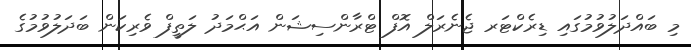
މި ބައްދަލުވުމުގައި ޑިރެކްޓަރ ޖެނެރަލް އޮފް ޓްރާންސިޝަން އަޙްމަދު ލަތީފް ވެރިކަން ބަދަލުވުމުގެ